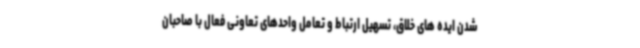
شدن ایده های خلاق، تسهیل ارتباط و تعامل واحدهای تعاونی فعال با صاحبان